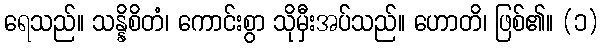
ရေသည်။ သန္နိစိတံ၊ ကောင်းစွာ သိုမှီးအပ်သည်။ ဟောတိ၊ ဖြစ်၏။ (၁)